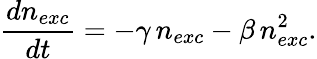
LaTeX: \frac{dn_{exc}}{dt}=-\gamma\, n_{exc}-\beta\, n_{exc}^{2}.